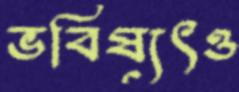
ভবিষ্যৎও